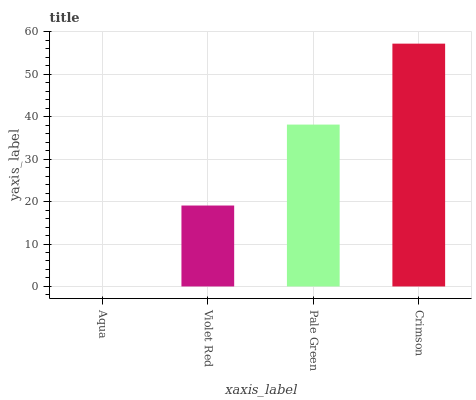
| xaxis_label | bars |
 | --- | --- |
 | Aqua | 0 |
 | Violet Red | 19.1 |
 | Pale Green | 38.1 |
 | Crimson | 57.2 |